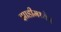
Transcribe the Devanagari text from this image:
झाडीमध्येच